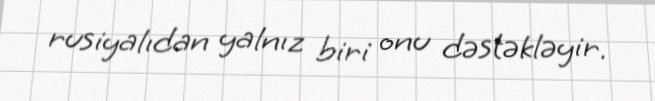
rusiyalıdan yalnız biri onu dəstəkləyir.